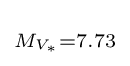
\scriptstyle M_{V_{\ast }}=7.73